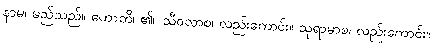
နာမ၊ မည်သည်။ ဟောတိ၊ ၏။ သီဝလာစ၊ လည်းကောင်း။ သုရာမာစ၊ လည်းကောင်း။